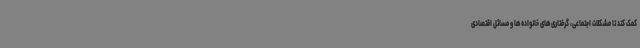
کمک کند تا مشکلات اجتماعی، گرفتاری‌های خانواده‌ها و مسائل اقتصادی